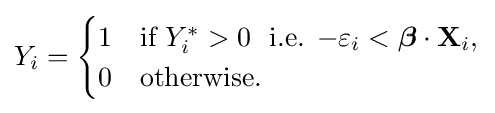
Y_{i}={\begin{cases}1&{\text{if }}Y_{i}^{\ast }>0\ {\text{ i.e. }}{-\varepsilon _{i}}<{\boldsymbol {\beta }}\cdot \mathbf {X} _{i},\\0&{\text{otherwise.}}\end{cases}}